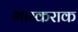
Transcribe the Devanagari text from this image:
भास्कराक